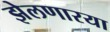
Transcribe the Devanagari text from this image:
झेलणारया